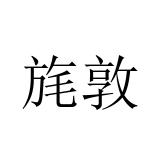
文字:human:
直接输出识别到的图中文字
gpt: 旄敦